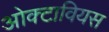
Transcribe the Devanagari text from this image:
ओक्टावियस